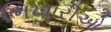
ભિખારીઓ